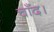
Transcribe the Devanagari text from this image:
चाँद।